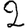
Digit: 2